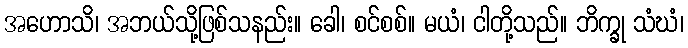
အဟောသိ၊ အဘယ်သို့ဖြစ်သနည်း။ ခေါ၊ စင်စစ်။ မယံ၊ ငါတို့သည်။ ဘိက္ခု သံဃံ၊